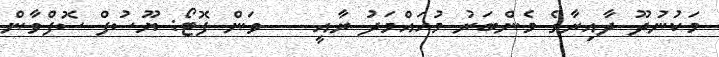
މަކުނުދޫ ދާއިރާގެ މެންބަރު މުހައްމަދު ރާއީ --- ވަން ފޮޓޯ: ޔޫސުފް ސޮފްވާން